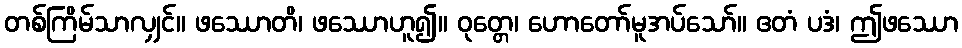
တစ်ကြိမ်သာလျှင်။ ဖဿောတိ၊ ဖဿောဟူ၍။ ဝုတ္တေ၊ ဟောတော်မူအပ်သော်။ ဧတံ ပဒံ၊ ဤဖဿော